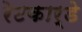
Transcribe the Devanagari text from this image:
रेटकार्डे